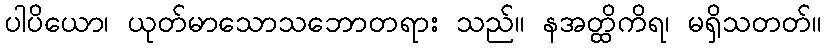
ပါပိယော၊ ယုတ်မာသောသဘောတရား သည်။ နအတ္ထိကိရ၊ မရှိသတတ်။